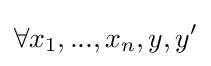
\forall x_{1},...,x_{n},y,y'